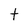
Character: t